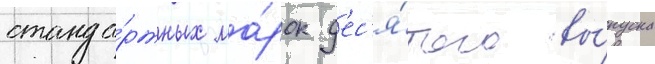
станда́ртных ма́рок д'ес'я́того вы́пуска